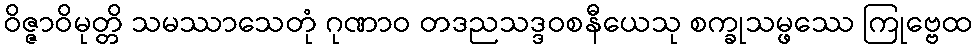
ဝိဇ္ဇာဝိမုတ္တိ သမဿာသေတုံ ဂုဏာဝ တဒညသဒ္ဒဝစနီယေသု စက္ခုသမ္ဖဿေ ကြုဗ္ဗေထ